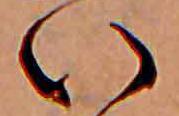
い